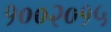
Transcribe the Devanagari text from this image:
१००२०१५